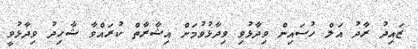
ޒައިދު ރާދު އަލް ހުސައިން ވިދާޅުވި ވިދާޅުވުމަށް އިޝާރާތް ކުރައްވާ ޝާހިދު ވިދާޅުވީ